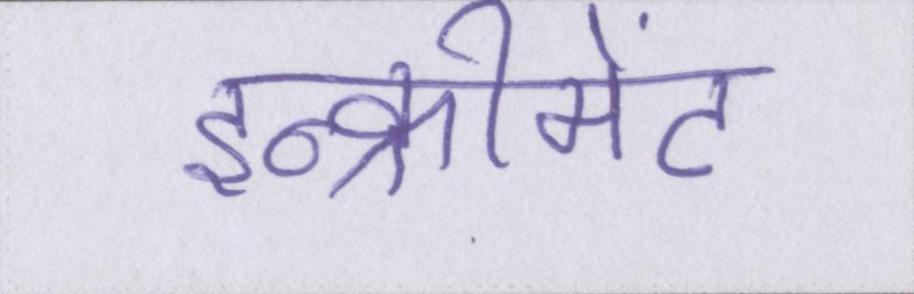
इन्क्रीमेंट